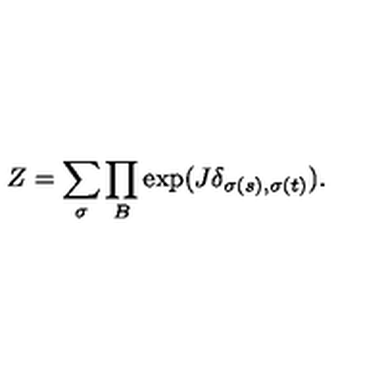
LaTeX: Z = \sum _ { \sigma } \prod _ { B } \exp ( J \delta _ { \sigma ( s ) , \sigma ( t ) } ) .